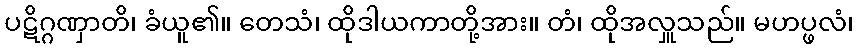
ပဋိဂ္ဂဏှာတိ၊ ခံယူ၏။ တေသံ၊ ထိုဒါယကာတို့အား။ တံ၊ ထိုအလှူသည်။ မဟပ္ဖလံ၊